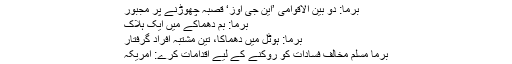
برما: دو بین الاقوامی ’این جی اوز‘ قصبہ چھوڑنے پر مجبور
برما: بم دھماکے میں ایک ہلاک
برما: ہوٹل میں دھماکا، تین مشتبہ افراد گرفتار
برما مسلم مخالف فسادات کو روکنے کے لیے اقدامات کرے: امریکہ